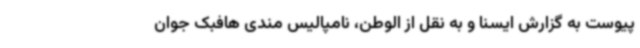
پیوست به گزارش ایسنا و به نقل از الوطن، نامپالیس مندی هافبک جوان